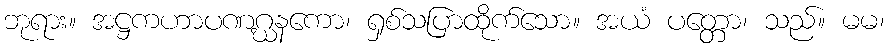
ဘုရား။ အဋ္ဌကဟာပဏဂ္ဃနကော၊ ရှစ်သပြာထိုက်သော။ အယံ ပတ္တော၊ သည်။ မမ၊